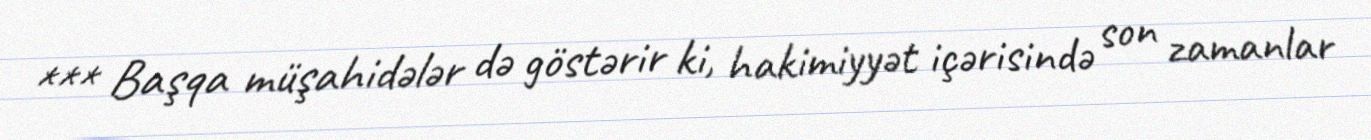
*** Başqa müşahidələr də göstərir ki, hakimiyyət içərisində son zamanlar